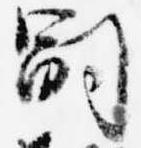
嗣